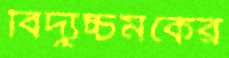
বিদ্যুচ্চমকের